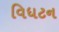
વિધટન